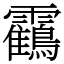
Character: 靍